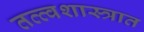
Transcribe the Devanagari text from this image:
तत्त्वशास्त्रात